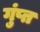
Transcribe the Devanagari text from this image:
गुंप्त